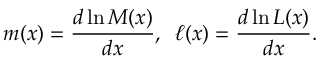
m ( x ) = \frac { d \ln { M ( x ) } } { d x } , \, \, \, \ell ( x ) = \frac { d \ln { { \cal L } ( x ) } } { d x } .